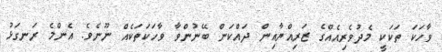
ވާހަކަ ތަކަކީ މެދުވެރިއެއްގެ ޒަރިއްޔާއިން ދައްކަން ބޭނުންވާ ވާހަކަތަކެއް ނޫނެވެ. އެންމެ ރަނގަޅު